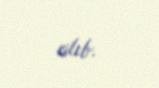
alıb.